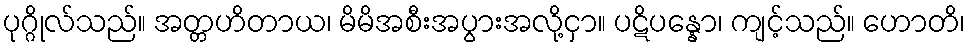
ပုဂ္ဂိုလ်သည်။ အတ္တဟိတာယ၊ မိမိအစီးအပွားအလို့ငှာ။ ပဋိပန္နော၊ ကျင့်သည်။ ဟောတိ၊